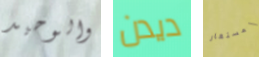
والوحيد ديدن المستعار